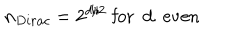
n _ { D i r a c } = 2 ^ { d / 2 } \mathrm { ~ f o r ~ d ~ e v e n }